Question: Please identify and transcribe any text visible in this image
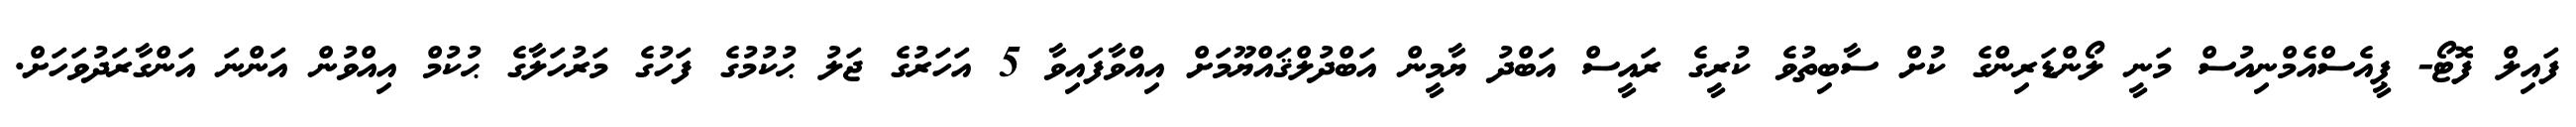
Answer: ފައިލް ފޮޓޯ- ޕީއެސްއެމްނިއުސް މަނީ ލޯންޑަރިންގެ ކުށް ސާބިތުވެ ކުރީގެ ރައީސް އަބްދު ޔާމީން އަބްދުލްޤައްޔޫމަށް އިއްވާފައިވާ 5 އަހަރުގެ ޖަލު ޙުކުމުގެ ފަހުގެ މަރުހަލާގެ ޙުކުމް އިއްވުން އަންނަ އަންގާރަދުވަހަށް.